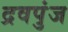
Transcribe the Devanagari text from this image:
द्रवपुंज